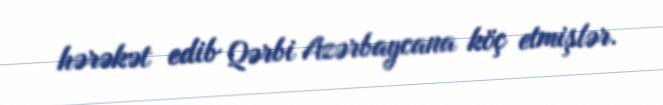
hərəkət edib Qərbi Azərbaycana köç etmişlər.